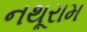
નથૂરામ